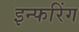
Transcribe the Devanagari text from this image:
इन्फरिंग